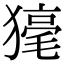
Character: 𤡇